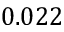
0 . 0 2 2